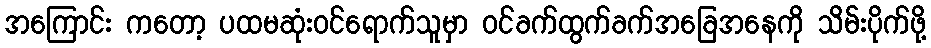
အကြောင်း ကတော့ ပထမဆုံးဝင်ရောက်သူမှာ ဝင်ခက်ထွက်ခက်အခြေအနေကို သိမ်းပိုက်ဖို့